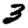
Digit: 3